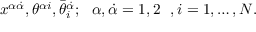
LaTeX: x ^ { \alpha \dot { \alpha } } , \theta ^ { \alpha i } , \bar { \theta } _ { i } ^ { \dot { \alpha } } ; \ \ \alpha , \dot { \alpha } = 1 , 2 \ \ , i = 1 , \dots , N .